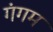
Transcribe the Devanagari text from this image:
गंगम